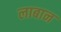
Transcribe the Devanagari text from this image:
लाबान